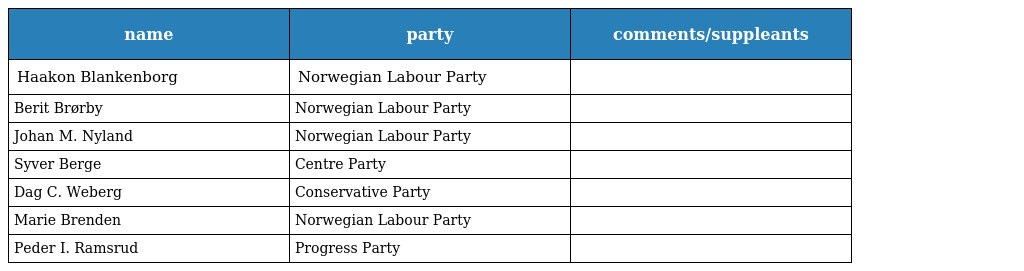
| name | party | comments/suppleants |
 | --- | --- | --- |
 | Haakon Blankenborg | Norwegian Labour Party |  |
 | Berit Brørby | Norwegian Labour Party |  |
 | Johan M. Nyland | Norwegian Labour Party |  |
 | Syver Berge | Centre Party |  |
 | Dag C. Weberg | Conservative Party |  |
 | Marie Brenden | Norwegian Labour Party |  |
 | Peder I. Ramsrud | Progress Party |  |